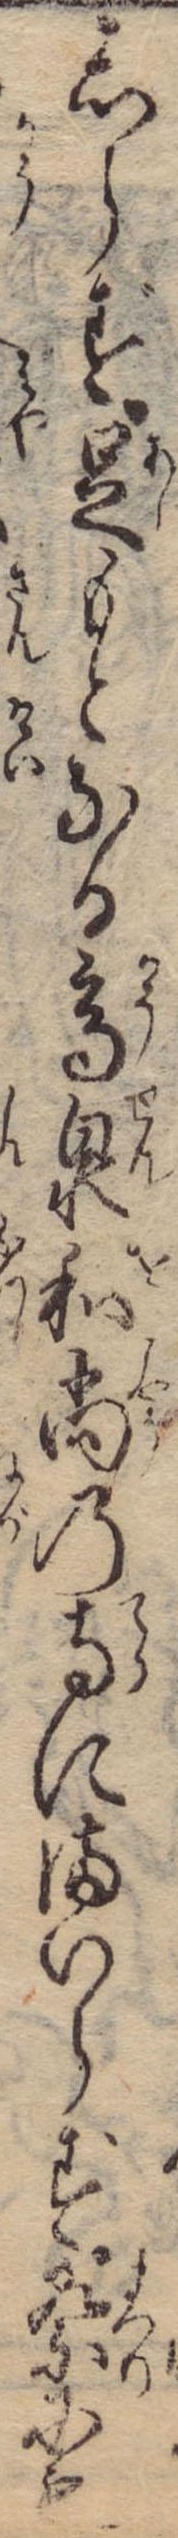
しらず足もとなる高泉和尚の寺にまいらず祭にも